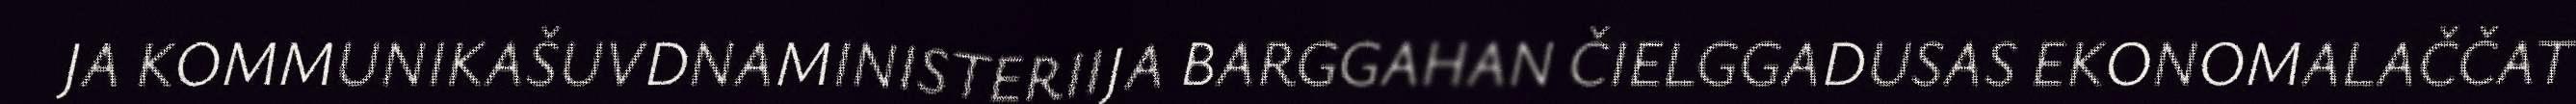
JA KOMMUNIKAŠUVDNAMINISTERIIJA BARGGAHAN ČIELGGADUSAS EKONOMALAČČAT